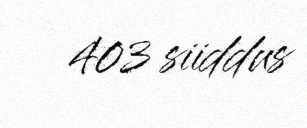
403 siiddus